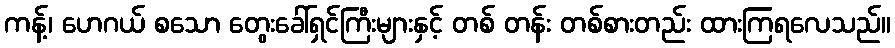
ကန့်၊ ဟေဂယ် စသော တွေးခေါ်ရှင်ကြီးများနှင့် တစ် တန်း တစ်စားတည်း ထားကြရလေသည်။